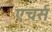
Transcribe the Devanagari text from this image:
एचर्स